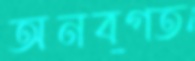
অনবগত